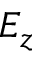
E _ { z }